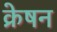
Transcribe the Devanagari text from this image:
क्रेषन